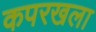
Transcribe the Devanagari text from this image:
कपरखला